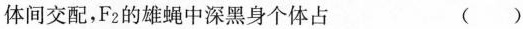
体间交配，F_{2}的雄蝇中深黑身个体占 （ ）